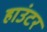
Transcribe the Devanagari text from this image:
हाउंटर